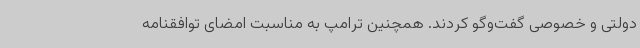
دولتی و خصوصی گفت‌وگو کردند. همچنین ترامپ به مناسبت امضای توافقنامه